Scottish Leaving Certificate Examination, 1956
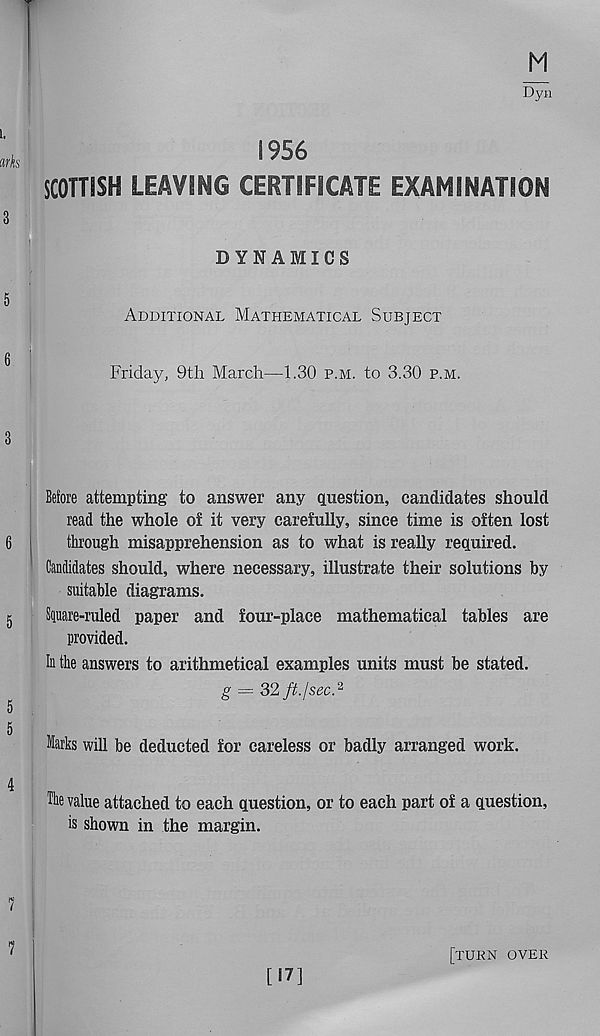
Dyn
1956
SCOTTISH LEAVING CERTIFICATE EXAMINATION
DYNAMICS
Additional Mathematical Subject
Friday, 9th March—1.30 p.m. to 3.30 p.m.
Before attempting to answer any question, candidates should
read the whole of it very carefully, since time is often lost
through misapprehension as to what is really required.
Candidates should, where necessary, illustrate their solutions by
suitable diagrams.
Square-ruled paper and four-place mathematical tables are
provided.
In the answers to arithmetical examples units must be stated.
g = 32 ft. j sec. 2
Marks will be deducted for careless or badly arranged work.
The value attached to each question, or to each part of a question,
is shown in the margin.
[17]
[turn over